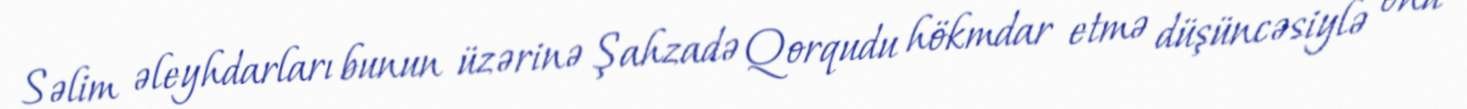
Səlim əleyhdarları bunun üzərinə Şahzadə Qorqudu hökmdar etmə düşüncəsiylə onu